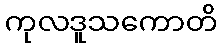
ကုလဒူသကောတိ